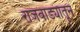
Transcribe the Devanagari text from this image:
राजवाड्यातून